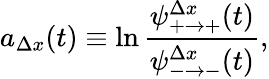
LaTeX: a_{\Delta x}(t)\equiv\ln\frac{\psi_{+\to+}^{\Delta x}(t)}{\psi_{-\to-}^{\Delta x}(t)},